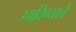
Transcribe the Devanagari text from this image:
उगविण्याचे